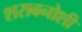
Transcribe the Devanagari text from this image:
शराबनोशी